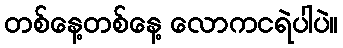
တစ်နေ့တစ်နေ့ လောကငရဲပါပဲ။